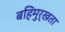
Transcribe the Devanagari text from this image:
बहिमुर्खता